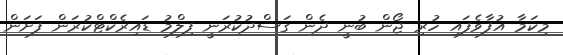
މިކަމާ އުފާވެފައި ހުރި ޖޯން ބުނީ ދެން ގަސްދުކުރަނީ ފިލްމު ޑައިރެކްޓްކުރަން ފަށަން